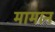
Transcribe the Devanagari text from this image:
मामानं